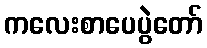
ကလေးစာပေပွဲတော်